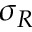
\sigma _ { R }